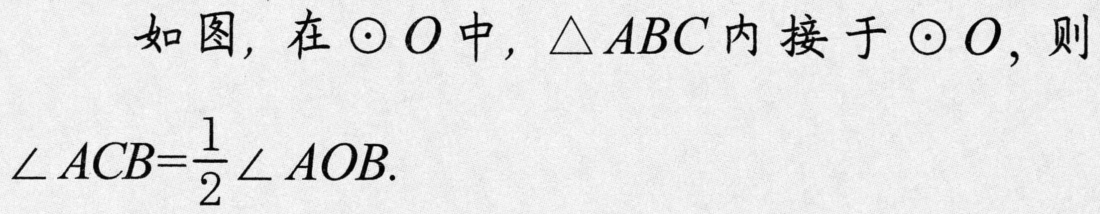
如图, 在\(\odot O\)中, \(\triangle ABC\)内接于\(\odot O\), 则\(\angle ACB = \frac{1}{2}\angle AOB\).